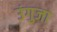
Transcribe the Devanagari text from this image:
उंगुजा